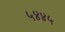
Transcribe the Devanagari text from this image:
५४४५